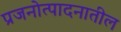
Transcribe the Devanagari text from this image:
प्रजनोत्पादनातील